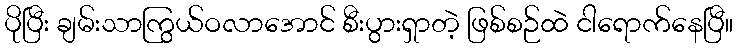
ပိုပြီး ချမ်းသာကြွယ်ဝလာအောင် စီးပွားရှာတဲ့ ဖြစ်စဉ်ထဲ ငါရောက်နေပြီ။